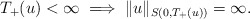
\begin{align*}T_+(u) < \infty \implies \| u \|_{S(0,T_+(u))} = \infty. \end{align*}